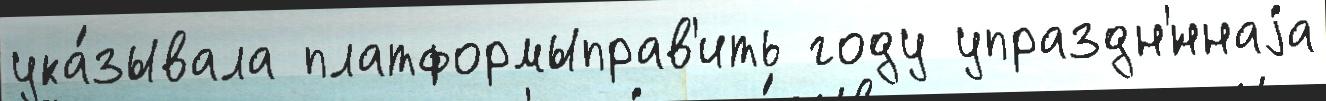
ука́зывала платформыправ'ить году упраздн'́ннаjа